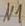
Text: N1